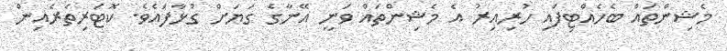
މެޝިންތައް ބެހެއްޓިފައި ހުރިއިރު އެ މެޝިންތައް ވަނީ އޭނާގެ ގަޔަށް ގުޅާފައެވެ. ކޮޓަރިތެރެއިން